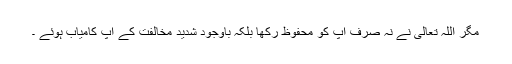
مگر اللہ تعالیٰ نے نہ صرف آپ کو محفوظ رکھا بلکہ باوجود شدید مخالفت کے آپ کامیاب ہوئے ۔